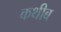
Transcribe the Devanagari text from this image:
कथीब